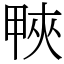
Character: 𤲍